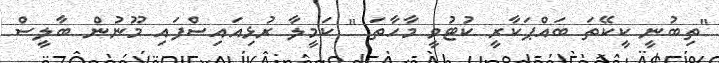
"ތިބުނީ ކީކޭތަ ބައްޕަކާރީ ކުޓުވީ މާހާތަ " ކަމީލާ ރުޅިއައިސްފައި މޫނުން ބާލީސް